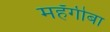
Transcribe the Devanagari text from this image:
महँगीबा